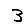
Digit: 3